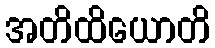
အတိထိယောတိ